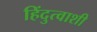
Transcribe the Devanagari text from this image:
हिंदुत्वाशी